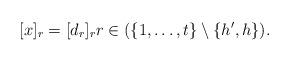
LaTeX: \begin{align*}[x]_r=[d_r]_rr\in(\{1,\ldots,t\}\setminus \{h',h\}).\end{align*}